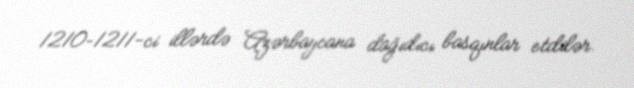
1210–1211-ci illərdə Azərbaycana dağıdıcı basqınlar etdilər.